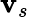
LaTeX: \mathbf{v}_{s}